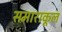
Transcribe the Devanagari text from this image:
समाराकूल